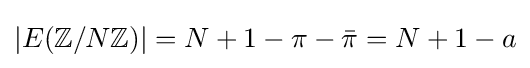
|E(\mathbb {Z} /N\mathbb {Z} )|=N+1-\pi -{\bar {\pi }}=N+1-a